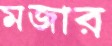
মজার